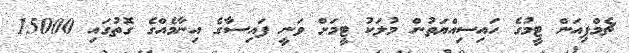
ޗެމްޕިއަން ޓީމުގެ ހައިސިއްޔަތުން މުލަކު ޓީމަށް ވަނީ ފައިސާގެ އިނާމެއްގެ ގޮތުގައި 15000